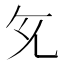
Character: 𭀙